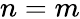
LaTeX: n=m